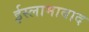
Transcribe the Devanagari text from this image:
ईस्लामाबाद